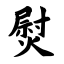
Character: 熨